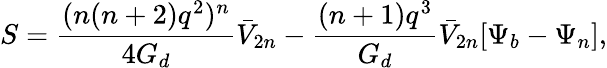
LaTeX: S=\frac{(n(n+2)q^{2})^{n}}{4G_{d}}\bar{V}_{2n}-\frac{(n+1)q^{3}}{G_{d}}\bar{V}_{2n}[\Psi_{b}-\Psi_{n}],